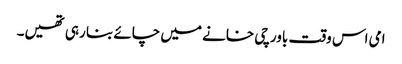
امی اس وقت باورچی خانے میں چائے بنا رہی تھیں۔